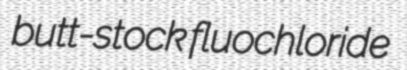
butt-stock fluochloride